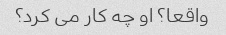
واقعا؟ او چه کار می کرد؟